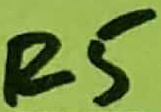
Text: R5